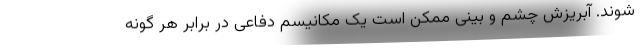
شوند. آبریزش چشم و بینی ممکن است یک مکانیسم دفاعی در برابر هر گونه